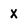
Character: x